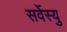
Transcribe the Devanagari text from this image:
सर्वेस्यु